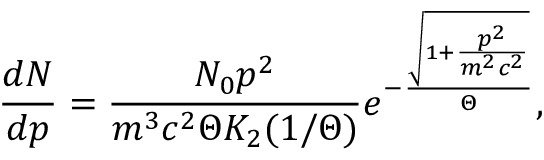
\frac { d N } { d p } = \frac { N _ { 0 } p ^ { 2 } } { m ^ { 3 } c ^ { 2 } \Theta K _ { 2 } ( 1 / \Theta ) } e ^ { - \frac { \sqrt { 1 + \frac { p ^ { 2 } } { m ^ { 2 } c ^ { 2 } } } } { \Theta } } ,